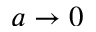
a \to 0